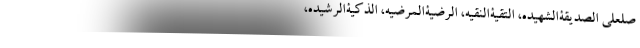
صلعلی الصدیقةالشهیده، التقیةالنقیه، الرضیةالمرضیه، الذکیةالرشیده،